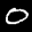
Label: 0